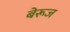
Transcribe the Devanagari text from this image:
बेरूज